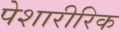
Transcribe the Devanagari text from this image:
पेशारीरिक